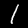
Label: 1